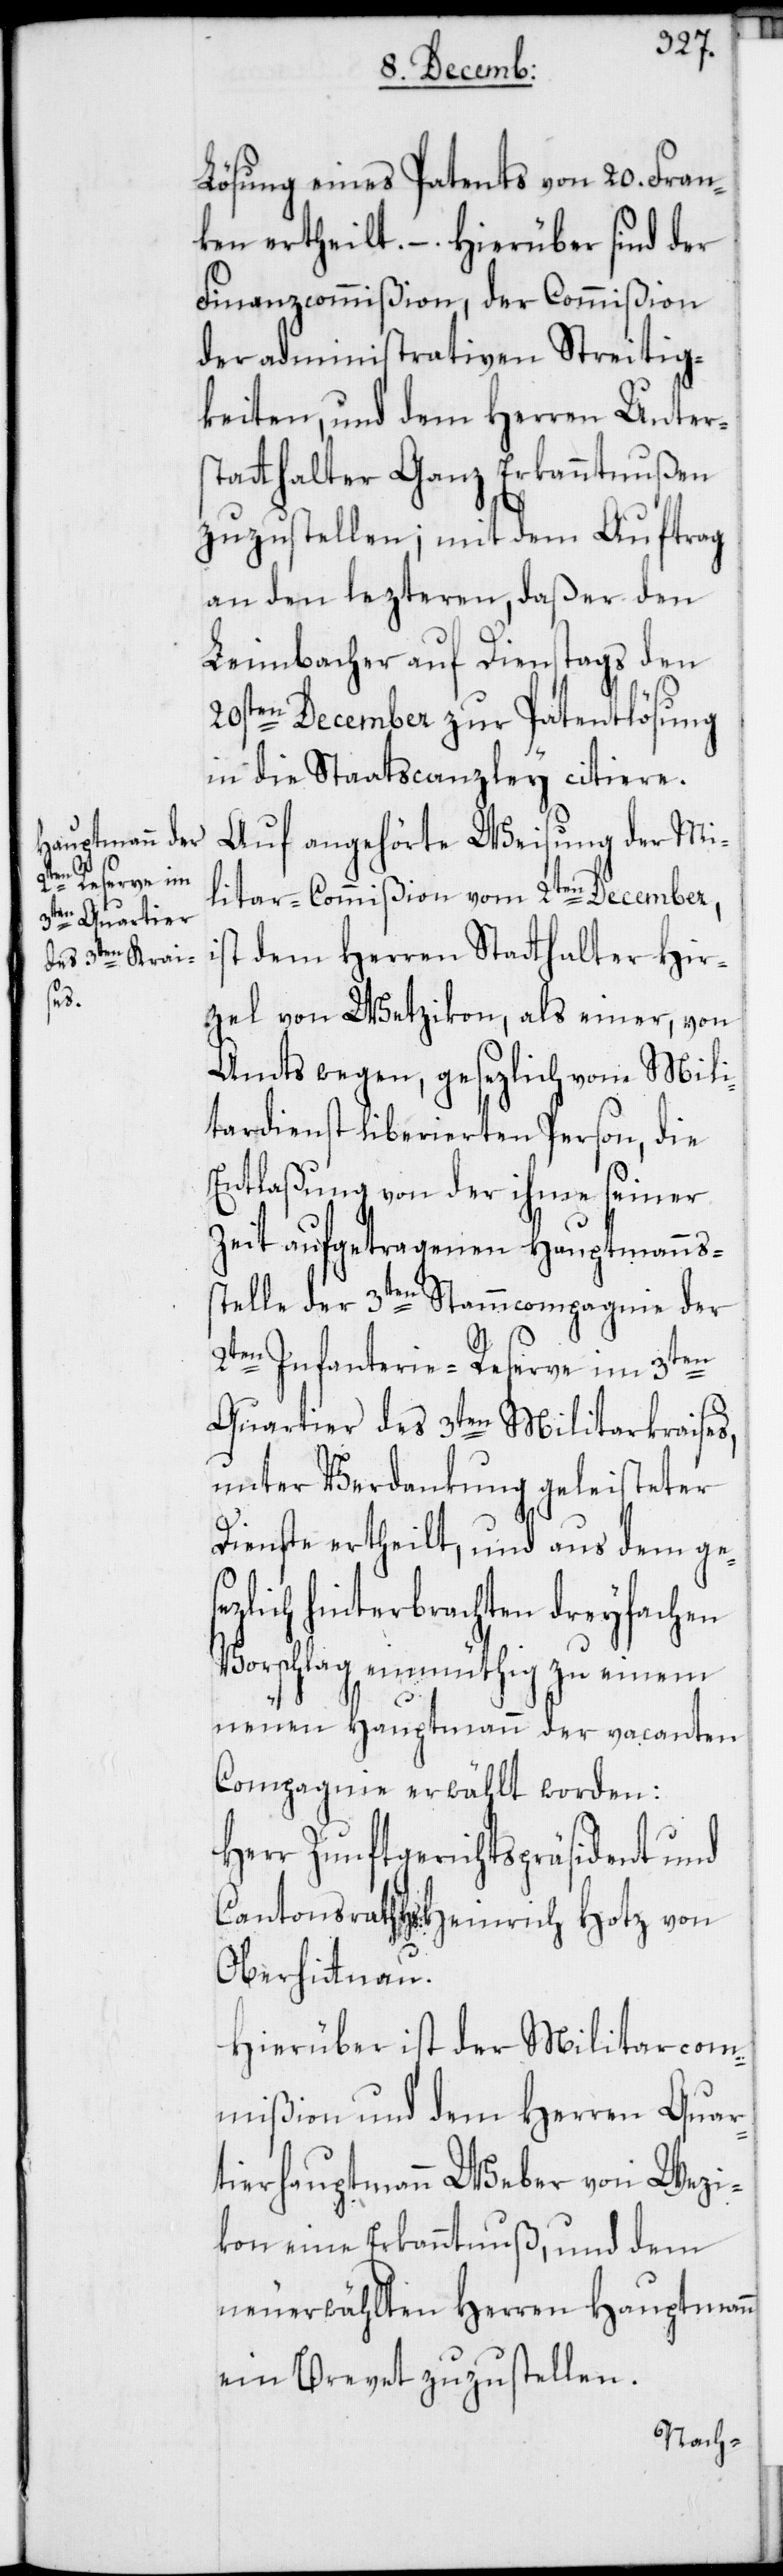
2t¬

Lösung eines Patents von 20. Fran¬
ken ertheilt. –. Hierüber sind der
Finanzcommißion, der Commißion
der administrativen Streitig¬
keiten, und dem Herren Unter¬
statthalter Ganz Erkanntnußen
zuzustellen; mit dem Auftrag
an den lezteren, daß er den
Leimbacher auf Dienstags den
20sten December zur Patentlösung
in die Staatscanzley citiere.
Auf angehörte Weisung der Mi¬
litar-Commißion vom 2ten December,
ist dem Herren Statthalter Hir¬
zel von Wetzikon, als einer, von
Amts wegen, gesezlich vom Mili¬
tardienst liberierten Person, die
Entlaßung von der ihme seiner
Zeit aufgetragenen Hauptmannss¬
telle der 3ten Stammcompagnie der
en Infanterie-Reserve im 3ten
Quartier des 3ten Militarkraises,
unter Verdankung geleisteter
Dienste ertheilt, und aus dem ges¬
ezlich hinterbrachten dreyfachen
Vorschlag einmüthig zu einem
neuen Hauptmann der vacanten
Compagnie erwählt worden:
Herr Zunftgerichtspräsident und
Cantonsrath Hs: Heinrich Hotz von
Oberhittnau.
Hierüber ist der Militarcom¬
mißion und dem Herren Quar¬
tierhauptmann Weber von Wezi¬
kon eine Erkanntnuß, und dem
neuerwählten Herren Hauptmann
ein Brevet zuzustellen.